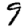
Digit: 9